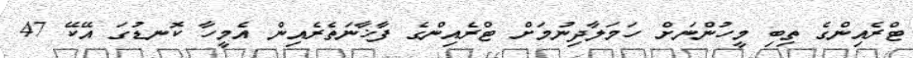
ޓްރެއިންގެ ތިބި މީހުންނަށް ހަމަލާދިނުމަށް ޓްރެއިންގެ ފާޚާނަތެރެއިން އެމީހާ ކޮނޑުގަ އޭކޭ 47